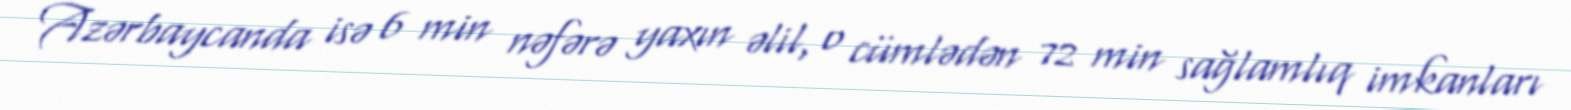
Azərbaycanda isə 6 min nəfərə yaxın əlil, o cümlədən 72 min sağlamlıq imkanları